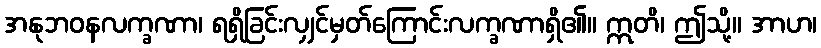
အနုဘဝနလက္ခဏာ၊ ရရှိခြင်းလျှင်မှတ်ကြောင်းလက္ခဏာရှိ၏။ ဣတိ၊ ဤသို့။ အာဟ၊